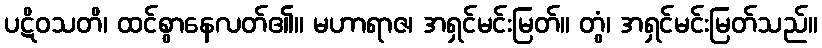
ပဋိဝသတိ၊ ထင်စွာနေလတ်၏။ မဟာရာဇ၊ အရှင်မင်းမြတ်။ တွံ၊ အရှင်မင်းမြတ်သည်။